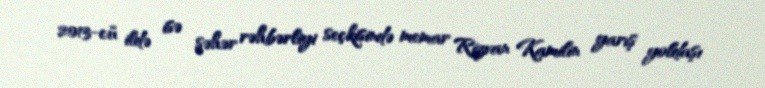
2013-cü ildə isə şəhər rəhbərliyi seçkisində memar Rizvan Kamilin yarış yoldaşı